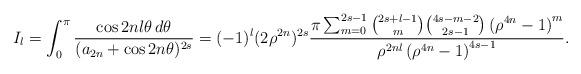
LaTeX: \begin{align*}I_l=\int_0^{\pi}\dfrac{\cos{2nl\theta}\,d\theta}{(a_{2n}+\cos{2n\theta})^{2s}}=(-1)^l(2\rho^{2n})^{2s}\dfrac{\pi\sum_{m=0}^{2s-1}{2s+l-1 \choose m}{4s-m-2 \choose 2s-1}\left(\rho^{4n}-1\right)^m}{\rho^{2nl}\left(\rho^{4n}-1\right)^{4s-1}}.\end{align*}